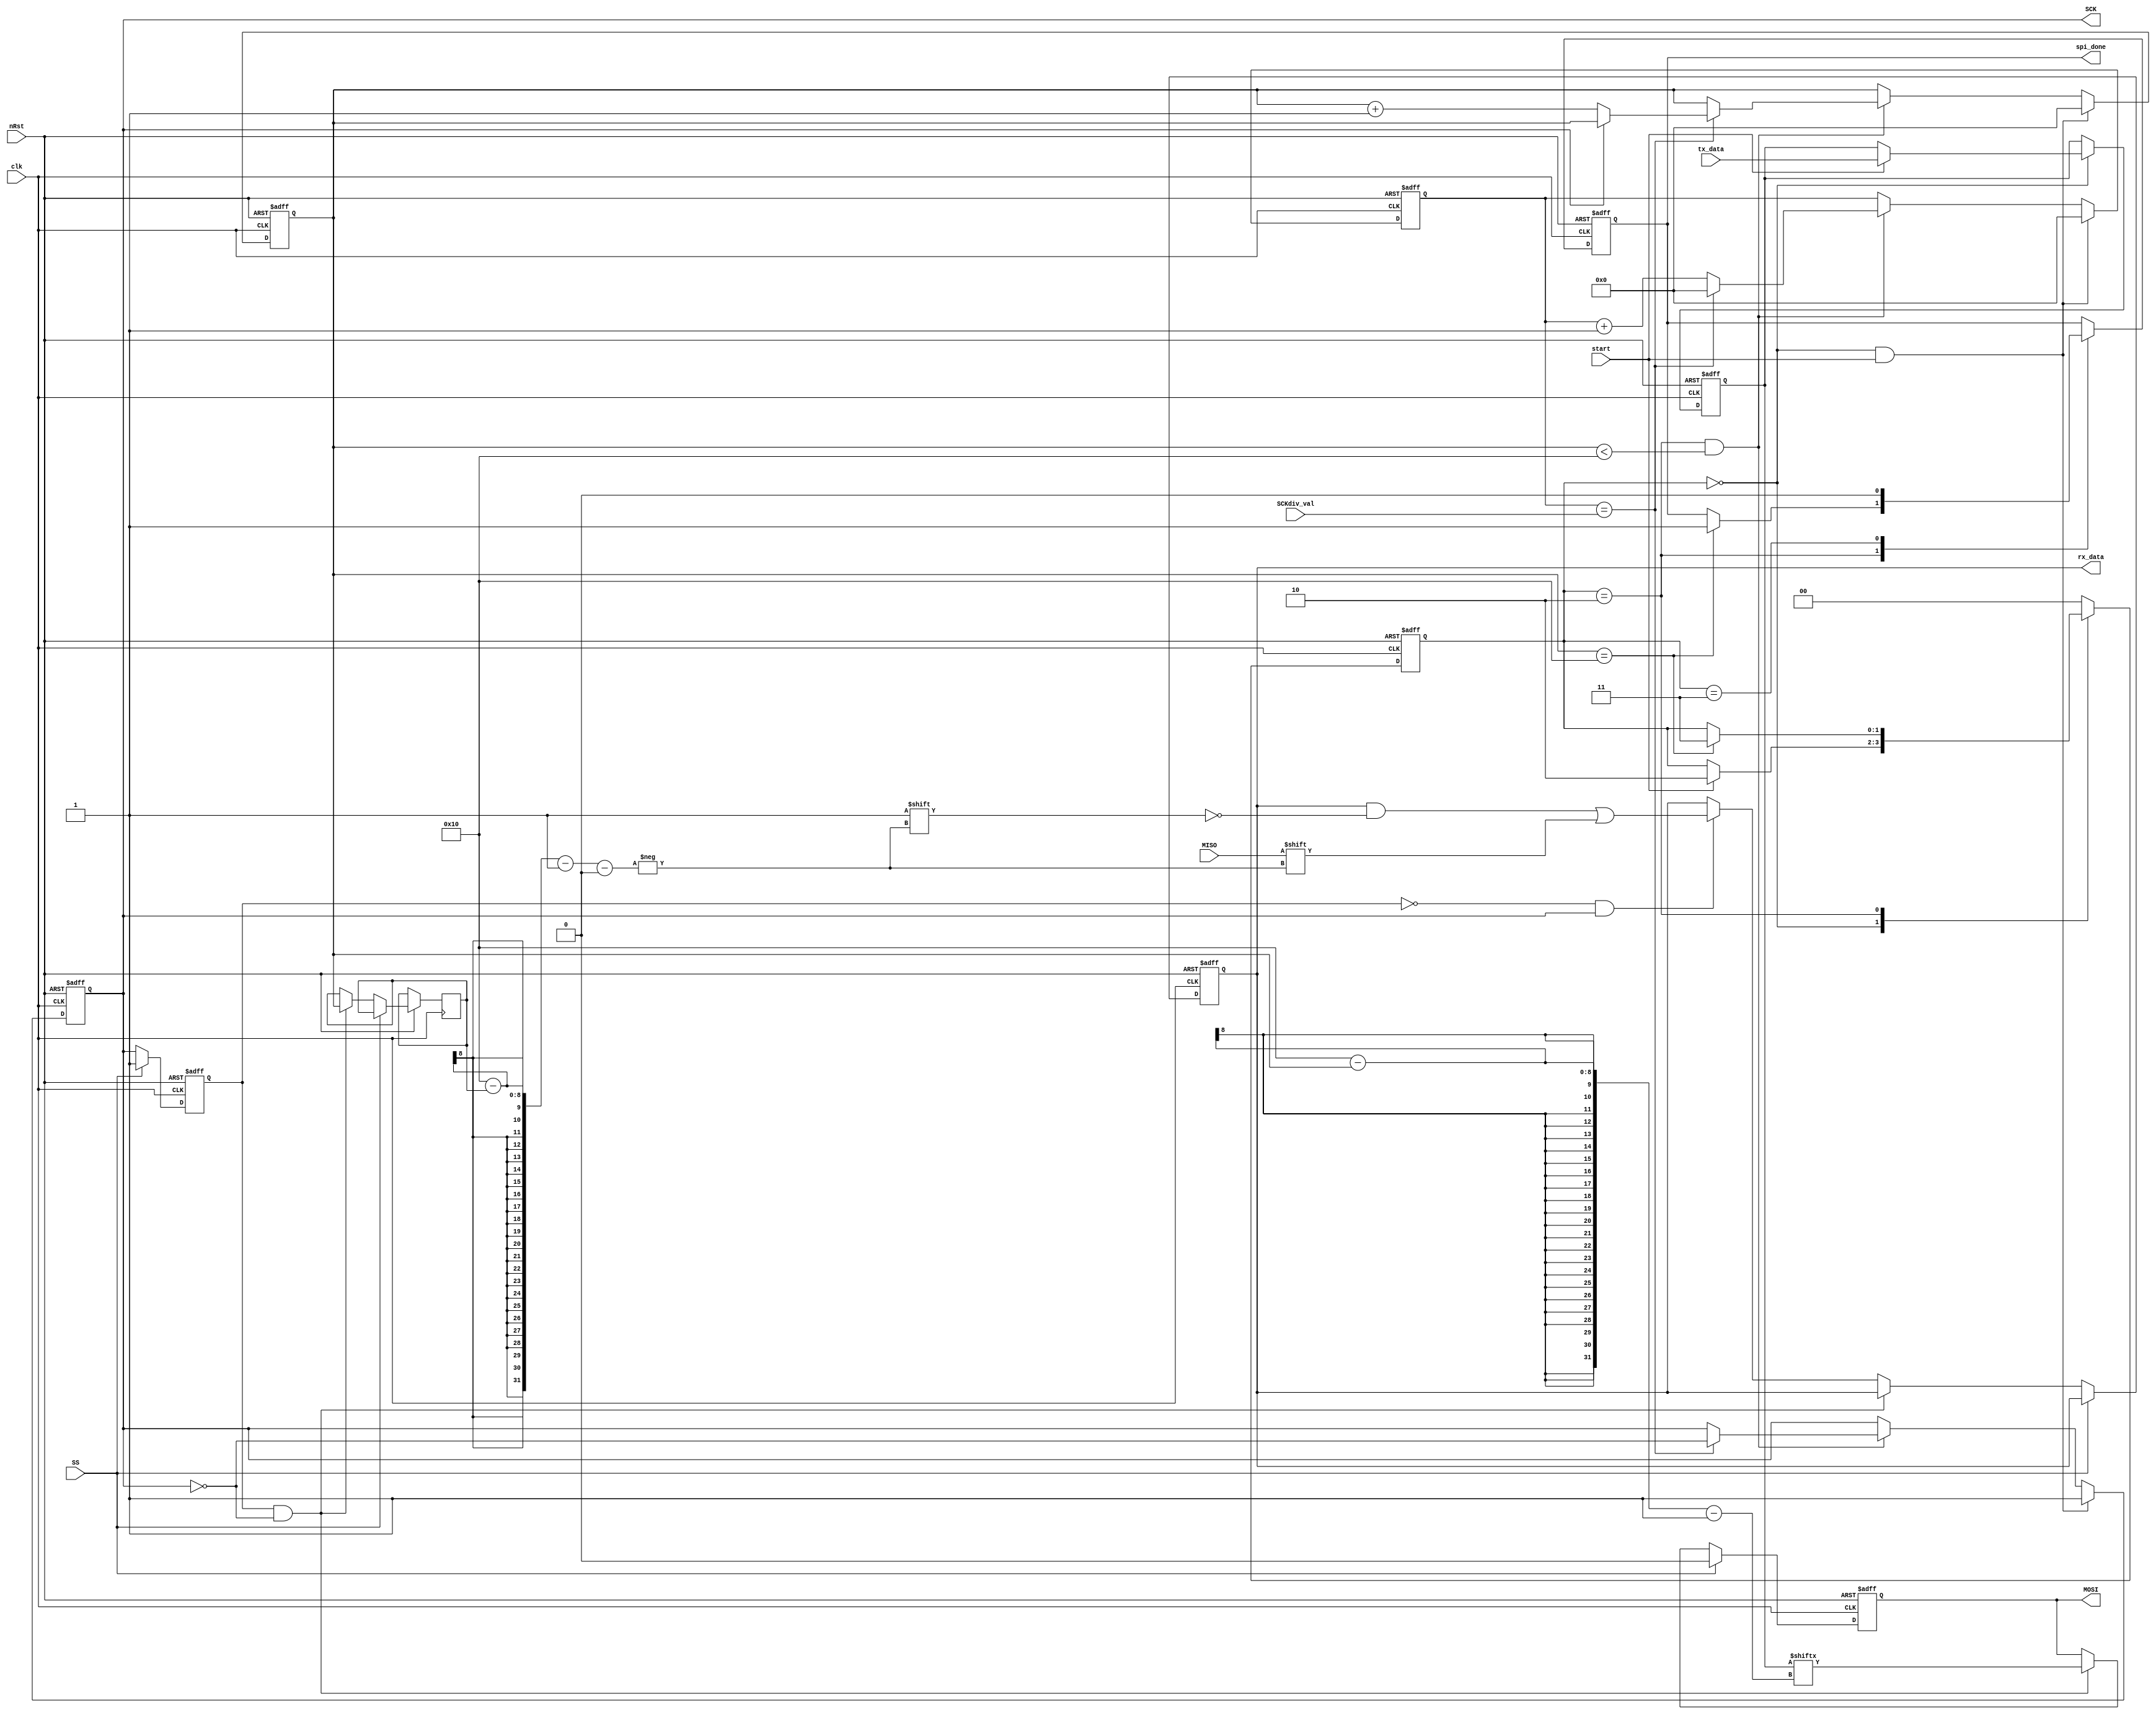
`timescale 1ns / 1ps
//////////////////////////////////////////////////////////////////////////////////
// Company: 
// Engineer: 
// 
// Design Name: 
// Module Name: Master
// Project Name: 
// Target Devices: 
// Tool Versions: 
// Description: 
// 
// Dependencies: 
// 
// Revision:
// Revision 0.01 - File Created
// Additional Comments:
// 
//////////////////////////////////////////////////////////////////////////////////


module Master(		//SPI interface signals
    MISO,            //Master Slave output
    SS,             //slave select
    SCK,    //clock
    MOSI,  //Mater Slave input
    
    //parallel interface
    start,
    spi_done,                  //done flag after sending/recieving data
    tx_data,         //transmit data
    rx_data, //received data
    SCKdiv_val,              //clock divider value
    
    //general inputs
    clk,
    nRst
    );
    
    parameter DWIDTH = 16;    //witdh of each SPI transfer
    parameter SWIDTH = 8;    //Width of SCK witdh
    
    //SPI interface signals
    input MISO;            //Master input Slave output
    input SS;             //slave select
    output reg SCK;    //output clock
    output reg MOSI;  //Mater output Slave input
    
    //parallel interface
    input start;
    output reg spi_done;                  //done flag after sending/recieving data
    input [DWIDTH-1:0] tx_data;         //transmit data
    output reg [DWIDTH-1:0] rx_data; //received data
    input [7:0] SCKdiv_val;              //clock divider value
    
    //general inputs
    input clk;
    input nRst;
    
    reg [DWIDTH-1:0] tx_reg;
    wire [7:0] sck_cnt;
                    
    reg SCK_prev;        //value of SCK during the previous cycle of CLK
    
    localparam idle=2'b00;        
    localparam send=2'b10; 
    localparam finish=2'b11; 
    
    reg [1:0] state;
    //state machine
    always @(posedge clk or negedge nRst) begin
    if(~nRst) begin
    spi_done <=1'b0;
    tx_reg <= {(DWIDTH){1'b0}};
    state <= idle;    //idle state
    end else begin    //rising edge of clk
    case(state)
        idle: begin    //idle
            if(start) begin
                tx_reg <= tx_data;
                state <= send;    //next state is send, else stay idle
            end
        end
        send: begin    //send
            if(sck_cnt==DWIDTH) begin
                state <= finish;    //next sate is finish
                spi_done <= 1'b1;
            end
        end
        finish: begin    //finish
            spi_done <= 1'b0;
            state <= idle;        //next state is idle, always
        end
        default: begin
            state <= idle;
        end
    endcase
    end
    end
    
    //SCK Generator
    
    reg [7:0] SCKdiv_cnt;
    reg [7:0] SCKgen_cnt;
    always@(posedge clk or negedge nRst) begin
    if(!nRst) begin
    SCK <= 1'b1;
    SCKdiv_cnt <= 'd0;
    SCKgen_cnt <= 'd0;
    end else begin
    if(state==idle && start) begin
        SCKdiv_cnt <= 'd0;
        SCK <= 1'b1;
        SCKgen_cnt <= 'd0;
    end else    if((state == send) && (SCKgen_cnt<DWIDTH)) begin
        if(SCKdiv_cnt==SCKdiv_val) begin
            SCK <= ~SCK;
            SCKdiv_cnt <= 'd0;
            if(~SCK)    //only increment sck count upon rising edge of SCK
                SCKgen_cnt <= SCKgen_cnt +1;
        end else begin
            SCKdiv_cnt <= SCKdiv_cnt + 1; 
        end
    end //end of else    if(state == send) begin
    end //end of if(!nRst) begin
    end //end of always
    
    //SPI shifting and SCK counting
    assign sck_cnt = SCKgen_cnt;
    reg [7:0] sample_index;
    always @ (posedge clk or negedge nRst) begin        //SPI_reception
    if(~nRst) begin
    //sck_cnt <= {(SWIDTH){1'b0}};
    rx_data <= {DWIDTH{1'b0}};
    MOSI <= 1'b0;
    SCK_prev <= 1'b1;
    end else if(SS) begin    //Active low, if slave select is high (disable) 
    //sck_cnt <= {(SWIDTH){1'b0}};;
    //spi_done <= 0;
    MOSI <= 1'b0;
    SCK_prev <= 1'b1;
    end else begin
    if(SCK_prev && ~SCK) begin                 //falling edge on SCK, change MISO
        MOSI <= tx_reg[DWIDTH-sck_cnt-1];
        sample_index <= sck_cnt;
    end else if (~SCK_prev && SCK)begin     //rising edge on SCK, sample MOSI
        rx_data[DWIDTH-sample_index-1] <= MISO;
    end
    SCK_prev <= SCK;
    end
    end
endmodule